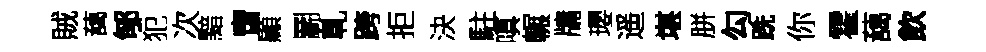
賊藹郇犯次黯啻顯鬬乹跨拒決駐嗔輾牗瓔遥堪胼勾跣你霍藹飲